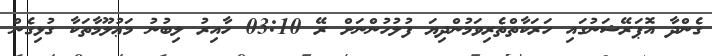
ގެންދާ އޮޕަރޭޝަނުގައި ހަރަކާތްތެރިވަމުންދިޔަ ފުލުހުންނަށް ރޭ 03:10 ހާއިރު ލިބުނު މަޢުލޫމާތަކާ ގުޅިގެން